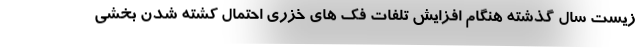
زیست سال گذشته هنگام افزایش تلفات فک های خزری احتمال کشته شدن بخشی